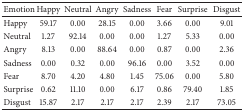
| Emotion | Happy | Neutral | Angry | Sadness | Fear | Surprise | Disgust |
 | --- | --- | --- | --- | --- | --- | --- | --- |
 | Happy | 59.17 | 0.00 | 28.15 | 0.00 | 3.66 | 0.00 | 9.01 |
 | Neutral | 1.27 | 92.14 | 0.00 | 0.00 | 1.27 | 5.33 | 0.00 |
 | Angry | 8.13 | 0.00 | 88.64 | 0.00 | 0.87 | 0.00 | 2.36 |
 | Sadness | 0.00 | 0.32 | 0.00 | 96.16 | 0.00 | 3.52 | 0.00 |
 | Fear | 8.70 | 4.20 | 4.80 | 1.45 | 75.06 | 0.00 | 5.80 |
 | Surprise | 0.62 | 11.10 | 0.00 | 6.17 | 0.86 | 79.40 | 1.85 |
 | Disgust | 15.87 | 2.17 | 2.17 | 2.17 | 2.39 | 2.17 | 73.05 |